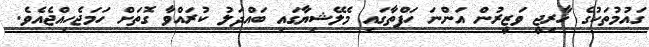
ގައުމުތަކުގެ ޚާރިޖީ ވަޒީރުން އަންނަ ހަފްތާގައި މެލޭޝިޔާގައި ބައްދަލު ކުރައްވާ ގޮތަށް ހަމަޖެހިއްޖެއެވެ.